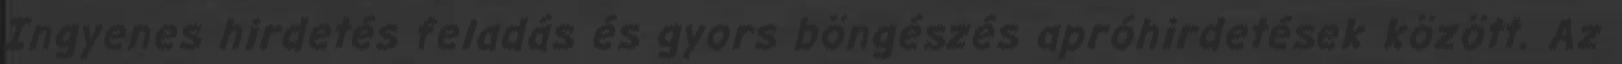
Ingyenes hirdetés feladás és gyors böngészés apróhirdetések között. Az